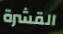
القشرة